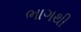
ભાગથી